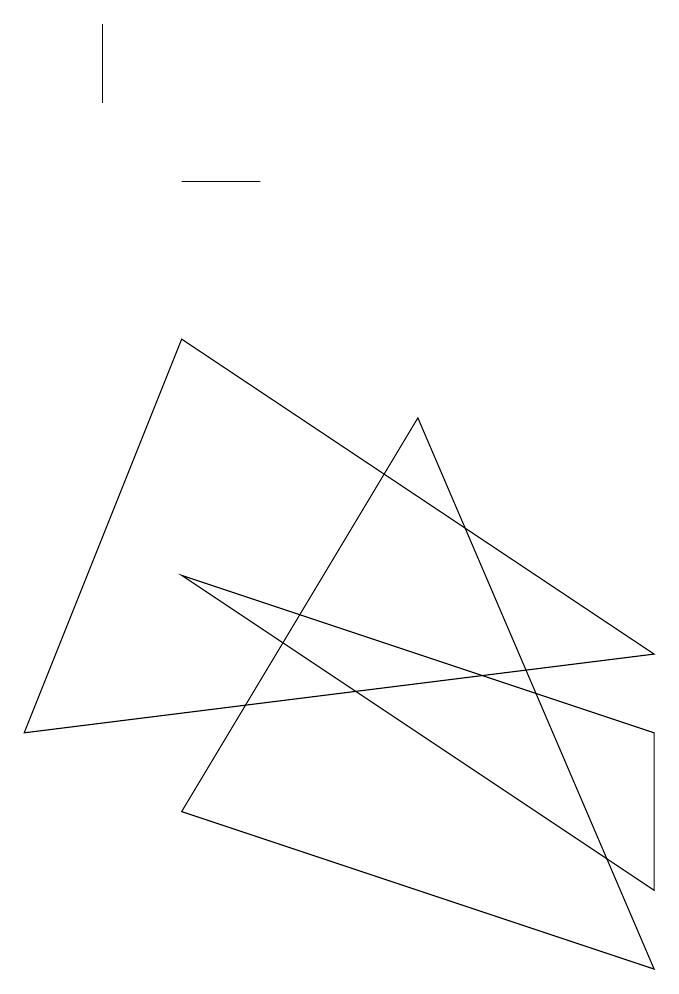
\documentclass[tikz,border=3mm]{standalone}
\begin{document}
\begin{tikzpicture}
\draw (8,1) -- (5,8) -- (2,3) -- cycle;
\draw (2,9) -- (8,5) -- (0,4) -- cycle;
\draw (3,11) rectangle (2,11);
\draw (1,12) rectangle (1,13);
\draw (8,2) -- (8,4) -- (2,6) -- cycle;
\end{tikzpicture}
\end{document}